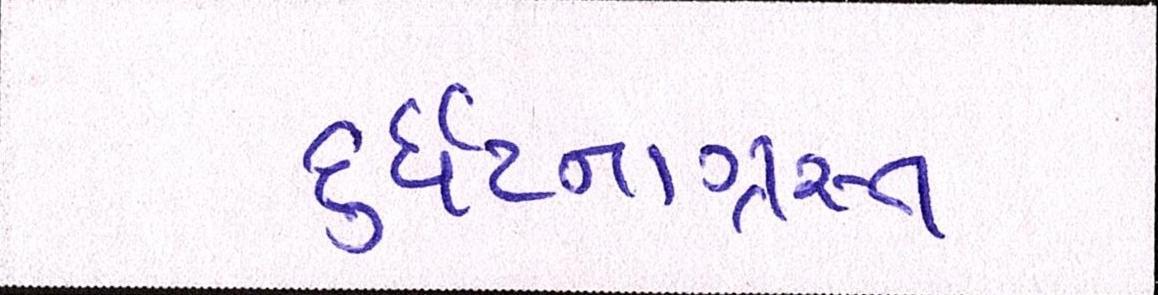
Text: દુર્ઘટનાગ્રસ્ત